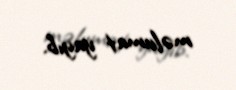
məlumat yayıb.